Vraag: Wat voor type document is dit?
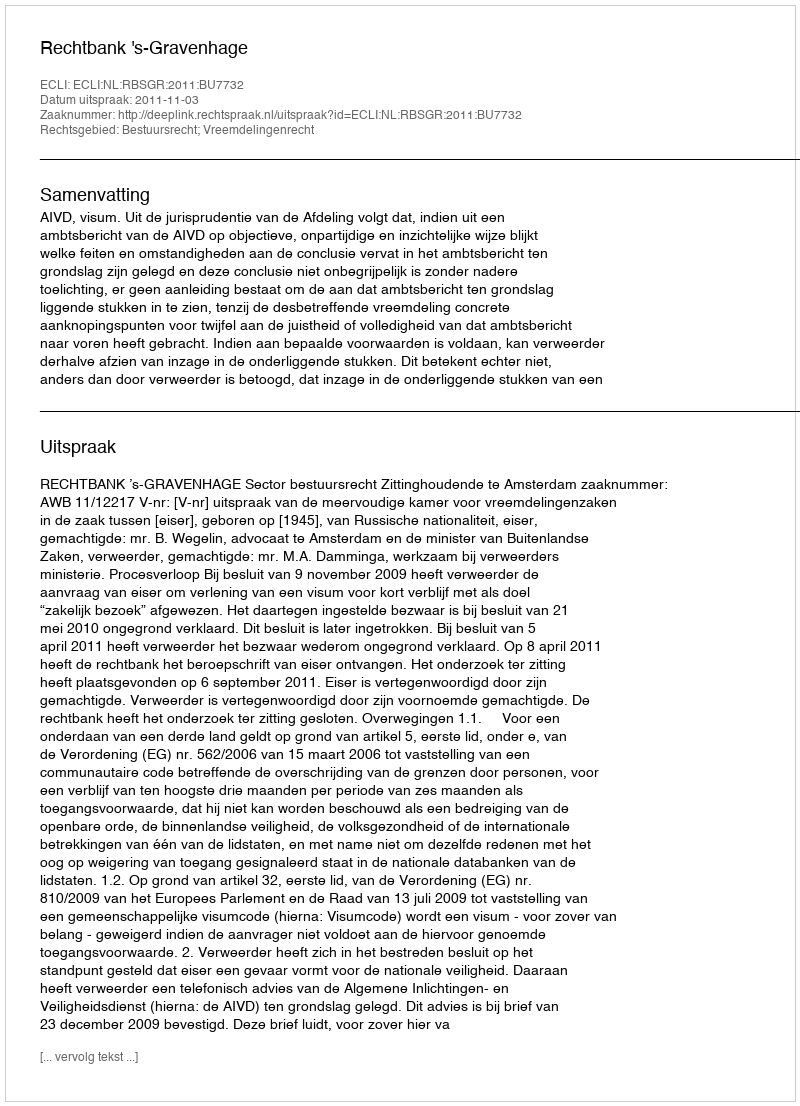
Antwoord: Uitspraak